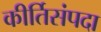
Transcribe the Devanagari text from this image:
कीर्तिसंपदा